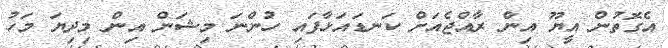
އެގޮތުން އީޔޫ އިން ރާއްޖެއަށް ކަނޑައަޅާފައި ހުންނަ މިޝަން އިން މިދިޔަ މަހު